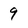
Character: 9